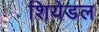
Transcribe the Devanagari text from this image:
शियेडल